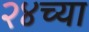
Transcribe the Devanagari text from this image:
२४च्या